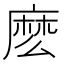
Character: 麽